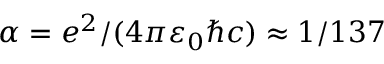
\alpha = e ^ { 2 } / ( 4 \pi \varepsilon _ { 0 } \hbar c ) \approx 1 / 1 3 7